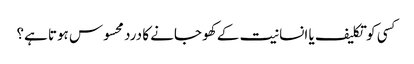
کسی کو تکلیف یا انسانیت کے کھو جانے کا درد محسوس ہوتا ہے؟